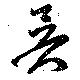
昃